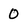
Character: 0